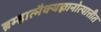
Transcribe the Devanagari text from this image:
ब्रम्हात्मैक्यज्ञानोत्पात्तीत